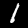
Digit: 1